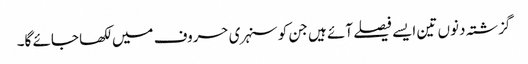
گزشتہ دنوں تین ایسے فیصلے آئے ہیں جن کو سنہری حروف میں لکھا جائے گا۔